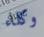
وكلاء